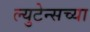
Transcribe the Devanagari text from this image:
ल्युटेन्सच्‍या